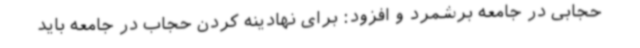
حجابی در جامعه برشمرد و افزود: برای نهادینه کردن حجاب در جامعه باید